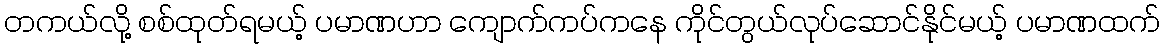
တကယ်လို့ စစ်ထုတ်ရမယ့် ပမာဏဟာ ကျောက်ကပ်ကနေ ကိုင်တွယ်လုပ်ဆောင်နိုင်မယ့် ပမာဏထက်